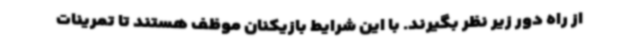
از راه دور زیر نظر بگیرند. با این شرایط بازیکنان موظف هستند تا تمرینات